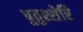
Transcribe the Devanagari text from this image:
पुतुश्शेरि